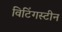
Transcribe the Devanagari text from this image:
विटिंगस्टीन